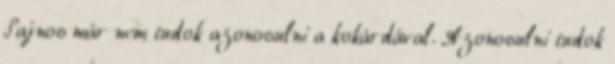
Sajnos már nem tudok azonosulni a kokárdával. Azonosulni tudok